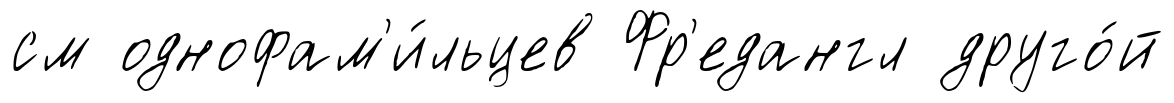
см однофам'и́льцев Фр'едангл друго́й